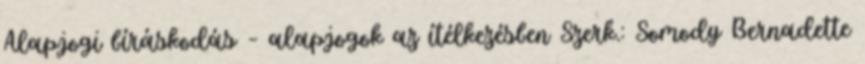
Alapjogi bíráskodás – alapjogok az ítélkezésben Szerk.: Somody Bernadette